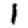
Digit: 1